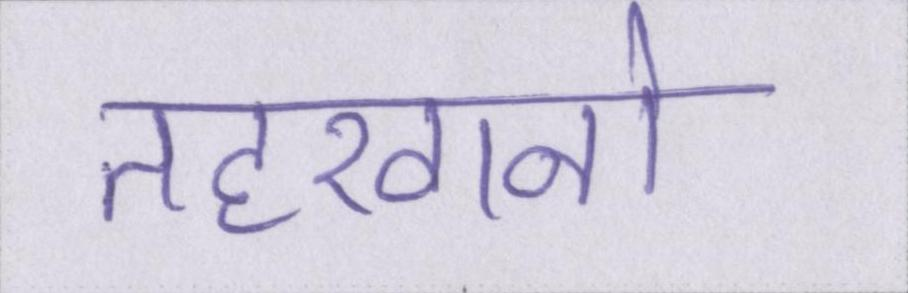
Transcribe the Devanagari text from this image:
तहखानो